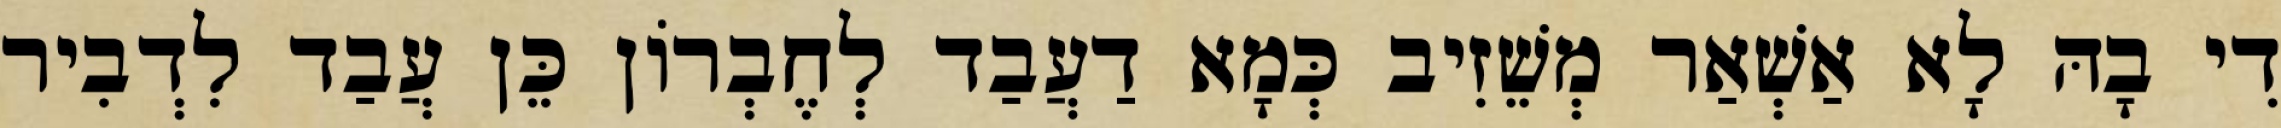
דִי בָהּ לָא אַשְׁאַר מְשֵׁזִיב כְּמָא דַעֲבַד לְחֶבְרוֹן כֵּן עֲבַד לִדְבִיר